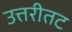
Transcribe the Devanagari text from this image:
उत्तरीतट